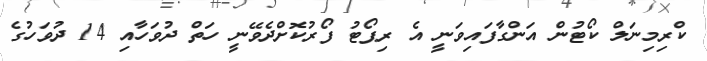
ކްރިމިނަލް ކޯޓުން އަންގާފައިވަނީ އެ ރިޕޯޓު ފޯރުކޮށްދެވޭނީ ހަތް ދުވަހާއި 14 ދުވަހުގެ